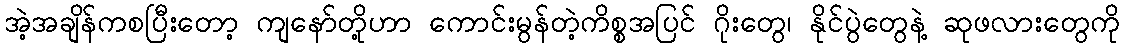
အဲ့အချိန်ကစပြီးတော့ ကျနော်တို့ဟာ ကောင်းမွန်တဲ့ကိစ္စအပြင် ဂိုးတွေ၊ နိုင်ပွဲတွေနဲ့ ဆုဖလားတွေကို